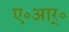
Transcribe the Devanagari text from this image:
ए॰आर्॰